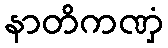
နာတိကဏှံ